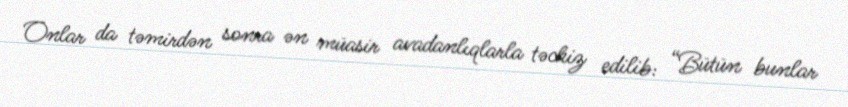
Onlar da təmirdən sonra ən müasir avadanlıqlarla təchiz edilib: “Bütün bunlar